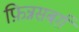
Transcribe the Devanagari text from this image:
फ़िन्नसबर्ग़